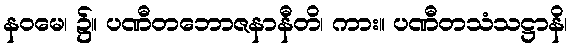
နဝမေ၊ ၌။ ပဏီတဘောဇနာနီတိ၊ ကား။ ပဏီတသံသဋ္ဌာနိ၊